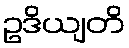
ဥဒိယျတိ